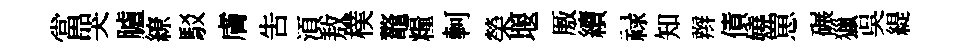
當哭臚繚駁膚告湏敖樸鼇糧軻榮堰厫續禄知辫債嬈罳碾獵吳緹